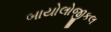
બાયોલોજીકલ